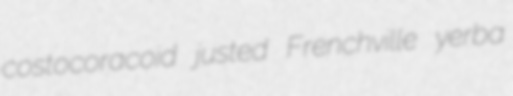
costocoracoid justed Frenchville yerba